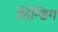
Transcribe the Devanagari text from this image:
शिंन्डिग